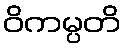
ဝိကမ္ပတိ